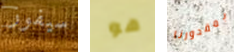
سيفوز هو بمقدورنا